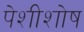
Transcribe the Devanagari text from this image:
पेशीशोष